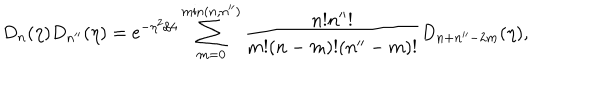
D _ { n } ( \eta ) D _ { n ^ { \prime \prime } } ( \eta ) = \mathrm { e } ^ { - \eta ^ { 2 } / 4 } \sum _ { m = 0 } ^ { \mathrm { m i n } ( n , n ^ { \prime \prime } ) } \frac { n ! n ^ { \prime \prime } ! } { m ! ( n - m ) ! ( n ^ { \prime \prime } - m ) ! } D _ { n + n ^ { \prime \prime } - 2 m } ( \eta ) ,